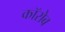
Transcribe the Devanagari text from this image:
कॉरोब